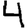
Digit: 4